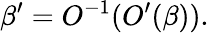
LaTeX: \beta^{\prime}=O^{-1}(O^{\prime}(\beta)).